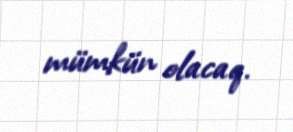
mümkün olacaq.